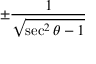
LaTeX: \pm { \frac { 1 } { \sqrt { \sec ^ { 2 } \theta - 1 } } }